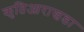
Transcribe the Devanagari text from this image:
कृतिआराखडा